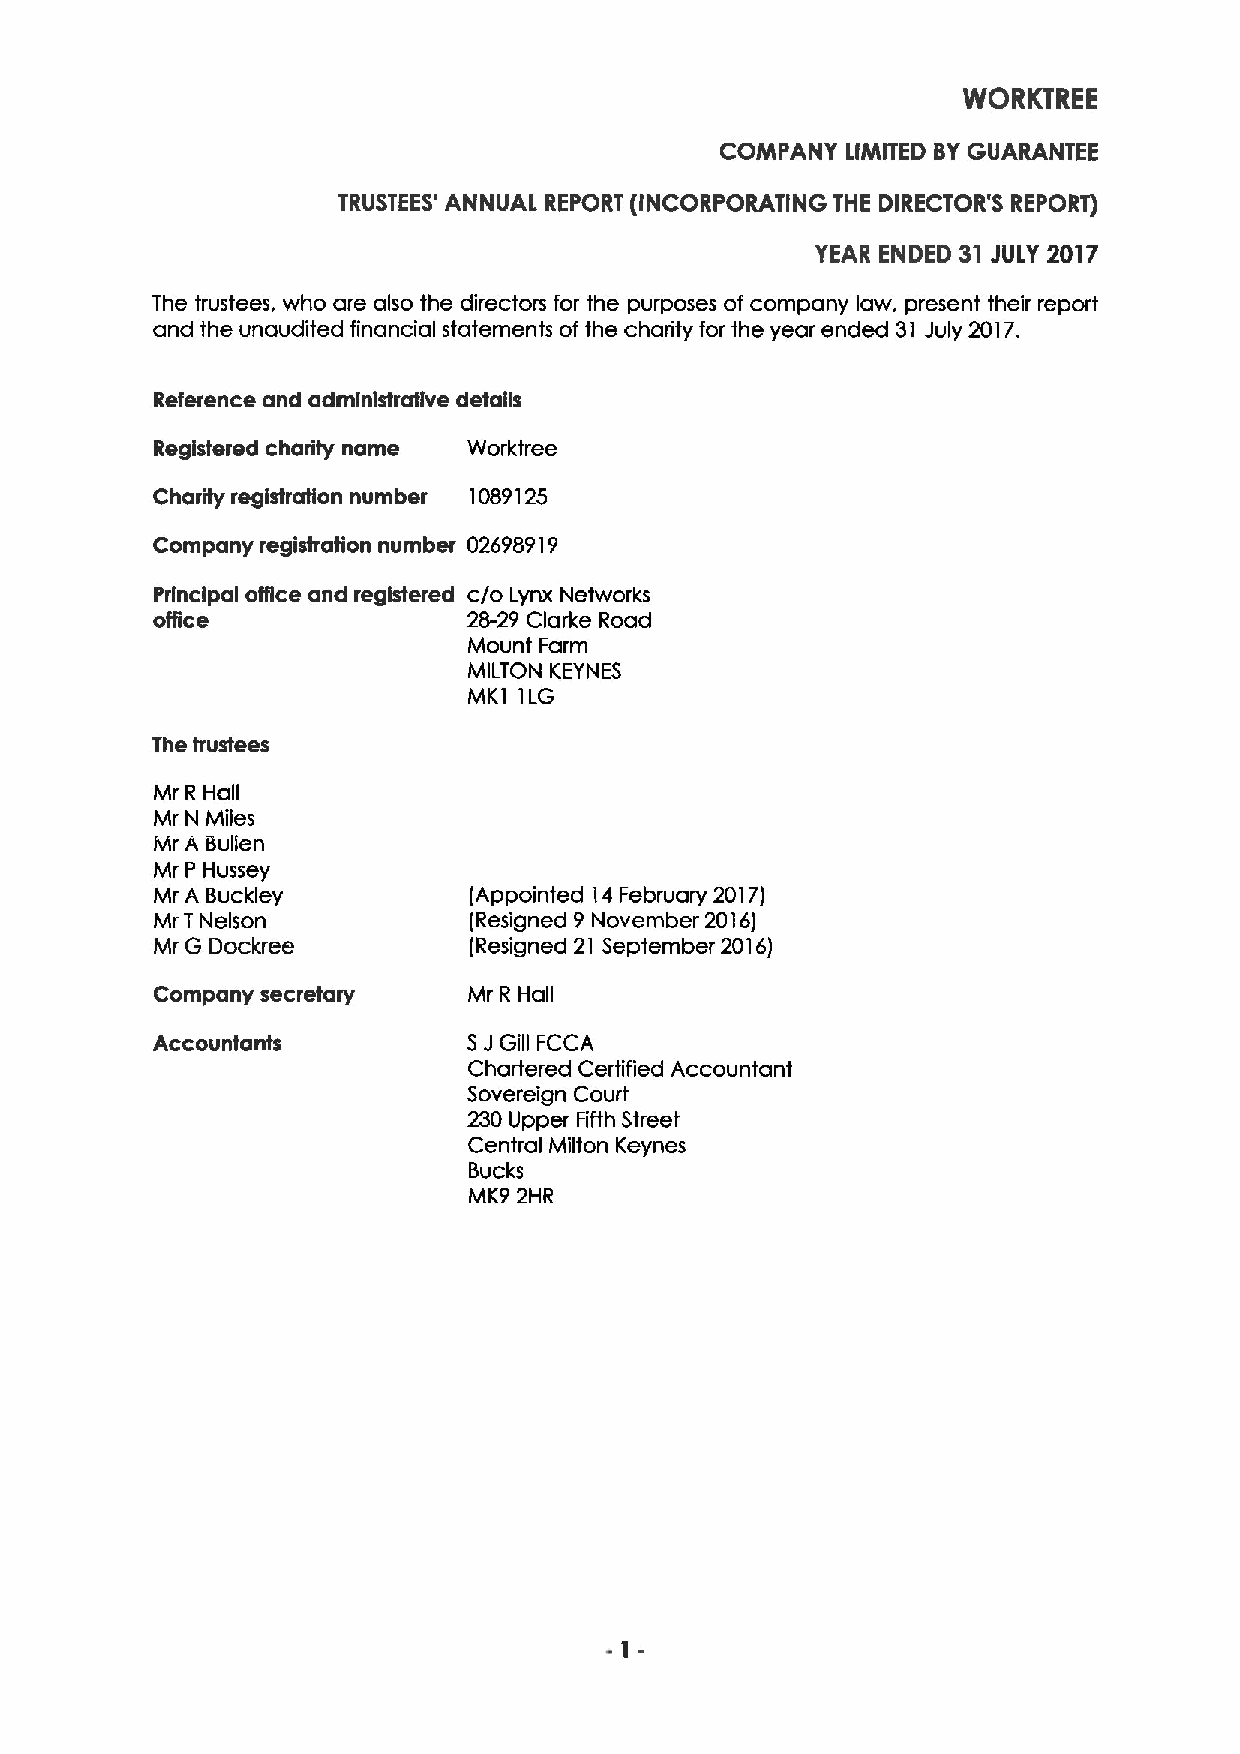
WORKTREE
 COMPANY LIMITED BYGUARANTEE
 TRUSTEES' ANNUAL REPORT (INCORPORATING THE DIRECTOR'S REPORT)
 YEAR ENDED 31 JULY 2017
 The trustees, who are also the directors for the purposes of company law, present their report
 and the unaudited financial statements of the charity for the year ended 31 July 2017.
 Reference and administrative details
 Registered charity name Worktree
 Charity registration number 1089125
 Company registration number 02698919
 Principal office and registered c/o Lynx Networks
 office               28-29 Clarke Road
 Mount Farm
 MILTON KEYNES
 MK1 1LG
 The trustees
 Mr R Hall
 Mr N Miles
 Mr A Bullen
 Mr P Hussey
 Mr A Buckley         (Appointed 14February 2017)
 Mr TNelson           (Resigned 9 November 2016)
 Mr G Dockree         (Resigned 21 September 2016)
 Company secretary    Mr R Hall
 Accountants          SJGill FCCA
 Chartered Certified Accountant
 Sovereign Court
 230 Upper Fifth Street
 Central Milton Keynes
 Bucks
 MK9 2HR
 1-